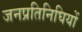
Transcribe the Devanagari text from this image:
जनप्रतिनिघियों